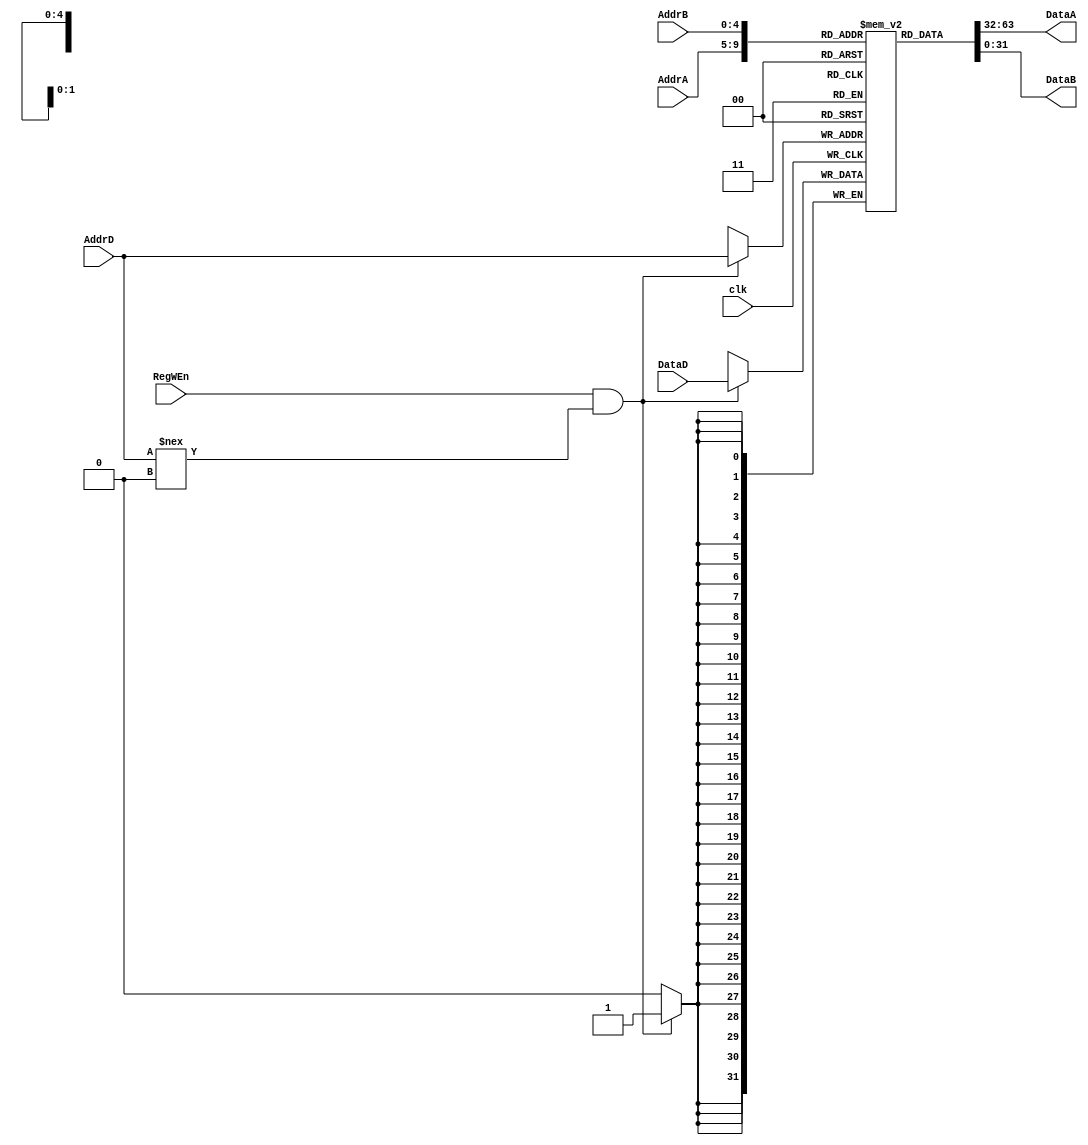
module register(AddrD,AddrA,AddrB,DataD,RegWEn,DataA,DataB,clk);

input wire[4:0] AddrD,AddrA,AddrB;
input wire[31:0] DataD;
input clk;
input RegWEn;
output reg[31:0] DataA,DataB;
reg [31:0] R [0:31];
integer i;

initial 
begin
	for (i=0; i<32; i=i+1)
		R[i] <= 32'h0;	
end
          
always @(negedge clk)
begin
	if (RegWEn == 1 && AddrD !== 5'h0)                     
        begin                     
		R[AddrD] <= DataD;
        end
end

	always @(AddrA or AddrB)
begin
	DataA <= R[AddrA];
	DataB <= R[AddrB];
end
endmodule